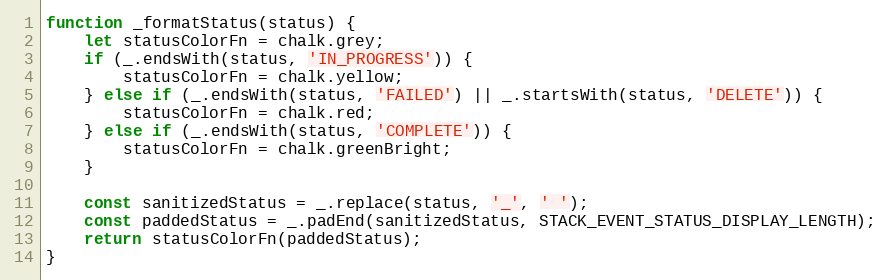
Language: JavaScript
function _formatStatus(status) {
    let statusColorFn = chalk.grey;
    if (_.endsWith(status, 'IN_PROGRESS')) {
        statusColorFn = chalk.yellow;
    } else if (_.endsWith(status, 'FAILED') || _.startsWith(status, 'DELETE')) {
        statusColorFn = chalk.red;
    } else if (_.endsWith(status, 'COMPLETE')) {
        statusColorFn = chalk.greenBright;
    }

    const sanitizedStatus = _.replace(status, '_', ' ');
    const paddedStatus = _.padEnd(sanitizedStatus, STACK_EVENT_STATUS_DISPLAY_LENGTH);
    return statusColorFn(paddedStatus);
}